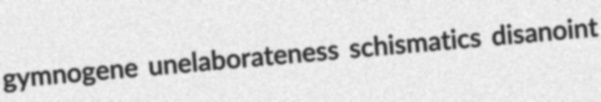
gymnogene unelaborateness schismatics disanoint